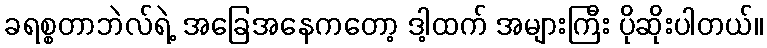
ခရစ္စတာဘဲလ်ရဲ့ အခြေအနေကတော့ ဒါ့ထက် အများကြီး ပိုဆိုးပါတယ်။